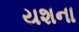
યશના